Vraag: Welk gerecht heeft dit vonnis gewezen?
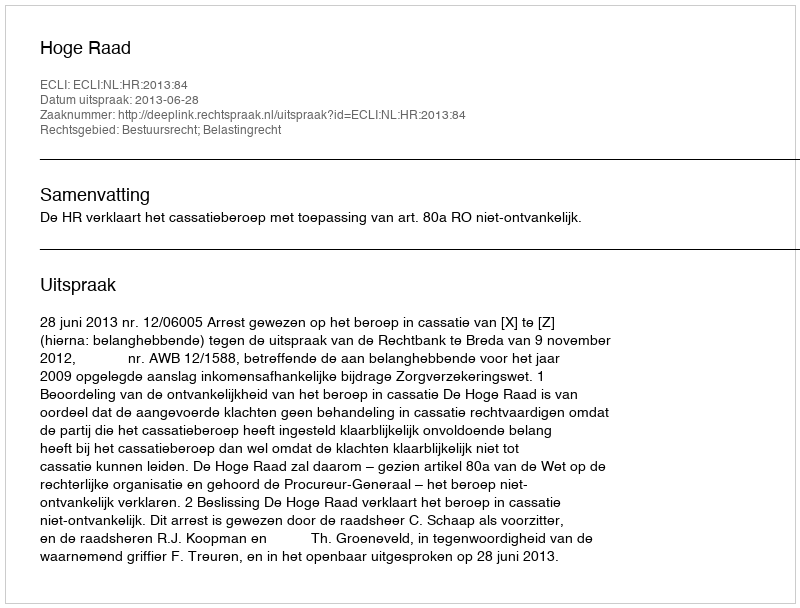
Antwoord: Hoge Raad